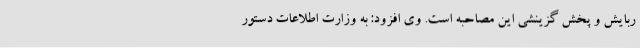
ربایش و پخش گزینشی این مصاحبه است. وی افزود: به وزارت اطلاعات دستور